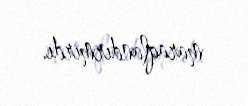
maraqlandırmırdı.